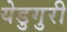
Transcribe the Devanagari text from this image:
येडुगुरी